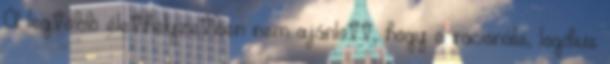
A legtöbb élethelyzetben nem ajánlott, hogy a racionális, logikus